Indian journal of veterinary science and animal husbandry - Volume 13,
Year: 1943
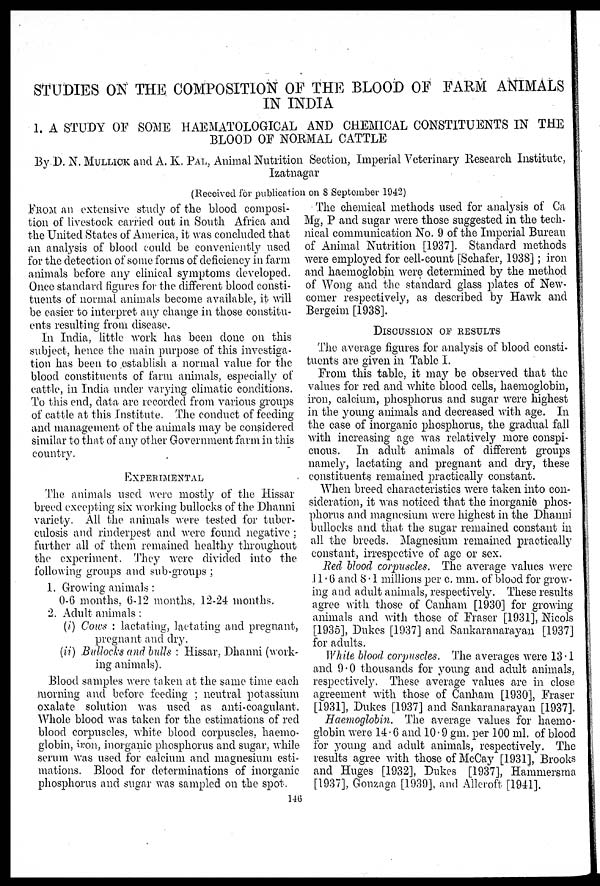
STUDIES ON THE COMPOSITION OF THE BLOOD OF FARM ANIMALS
IN INDIA
1. A STUDY OF SOME HAEMATOLOGICAL AND CHEMICAL CONSTITUENTS IN THE
BLOOD OF NORMAL CATTLE
By D. N. MULLICK and A. K. PAL, Animal Nutrition Section, Imperial Veterinary Research Institute,
Izatnagar
(Received for publication on 8 September 1942)
FROM an extensive study of the blood composi-
tion of livestock carried out in South Africa and
the United States of America, it was concluded that
an analysis of blood could be conveniently used
for the detection of some forms of deficiency in farm
animals before any clinical symptoms developed.
Once standard figures for the different blood consti-
tuents of normal animals become available, it will
be easier to interpret any change in those constitu-
ents resulting from disease.
In India, little work has been done on this
subject, hence the main purpose of this investiga-
tion has been to establish a normal value for the
blood constituents of farm animals, especially of
cattle, in India under varying climatic conditions.
To this end, data are recorded from various groups
of cattle at this Institute. The conduct of feeding
and management of the animals may be considered
similar to that of any other Government farm in this
country.
EXPERIMENTAL
The animals used were mostly of the Hissar
breed excepting six working bullocks of the Dhanni
variety. All the animals were tested for tuber-
culosis and rinderpest and were found negative ;
further all of them remained healthy throughout
the experiment. They were divided into the
following groups and sub-groups ;
1. Growing animals :
0-6 months, 6-12 months, 12-24 months.
2. Adult animals :
(i) Cows : lactating, lactating and pregnant,
pregnant and dry.
(ii) Bullocks and bulls : Hissar, Dhanni (work-
ing animals).
Blood samples were taken at the same time each
morning and before feeding ; neutral potassium
oxalate solution was used as anti-coagulant.
Whole blood was taken for the estimations of red
blood corpuscles, white blood corpuscles, haemo-
globin, iron, inorganic phosphorus and sugar, while
serum was used for calcium and magnesium esti-
mations. Blood for determinations of inorganic
phosphorus and sugar was sampled on the spot.
The chemical methods used for analysis of Ca
Mg, P and sugar were those suggested in the tech-
nical communication No. 9 of the Imperial Bureau
of Animal Nutrition [1937]. Standard methods
were employed for cell-count [Schafer, 1938]; iron
and haemoglobin were determined by the method
of Wong and the standard glass plates of New-
comer respectively, as described by Hawk and
Bergeim [1938].
DISCUSSION OF RESULTS
The average figures for analysis of blood consti-
tuents are given in Table I.
From this table, it may be observed that the
values for red and white blood cells, haemoglobin,
iron, calcium, phosphorus and sugar were highest
in the young animals and decreased with age. In
the case of inorganic phosphorus, the gradual fall
with increasing age was relatively more conspi-
cuous. In adult animals of different groups
namely, lactating and pregnant and dry, these
constituents remained practically constant.
When breed characteristics were taken into con-
sideration, it was noticed that the inorganie phos-
phorus and magnesium were highest in the Dhanni
bullocks and that the sugar remained constant in
all the breeds. Magnesium remained practically
constant, irrespective of age or sex.
Red blood corpuscles. The average values were
11.6 and 8.1 millions per c. mm. of blood for grow-
ing and adult animals, respectively. These results
agree with those of Canham [1930] for growing
animals and with those of Fraser [1931], Nicols
[1935], Dukes [1937] and Sankaranarayan [1937]
for adults.
White blood corpuscles. The averages were 13.1
and 9.0 thousands for young and adult animals,
respectively. These average values are in close
agreement with those of Canham [1930], Fraser
[1931], Dukes [1937] and Sankaranarayan [1937].
Haemoglobin. The average values for haemo-
globin were 14.6 and 10.9 gm. per 100 ml. of blood
for young and adult animals, respectively. The
results agree with those of McCay [1931], Brooks
and Huges [1932], Dukes [1937], Hammersma
[1937], Gonzaga [1939], and Allcroft [1941].
146